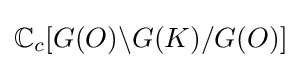
\mathbb {C} _{c}[G(O)\backslash G(K)/G(O)]